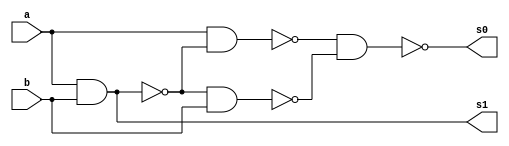
// ---------------------
// Nome: Silvino Henrique Santos de Souza
// ---------------------

// ---------------------
// -- meia soma
// ---------------------

module meiasoma (s0, s1, a, b);
 output s0, s1;
 input  a, b;
 wire s2,s3,s4,s5;
 
 nand nandgate1 (s2, a, b);
 nand nandgate2 (s1, s2, s2);
 nand nandgate3 (s3, a, b);
 nand nandgate4 (s4, a, s3);
 nand nandgate5 (s5, s3, b);
 nand nandgate6 (s0, s4, s5);

endmodule // meia soma

// --------------------------
// -- teste meia soma usando nand
// --------------------------

module testmeiasoma;
 reg   a, b;             
 wire  s0, s1;
          // instancia
 meiasoma MEIASOMA1 (s0, s1, a, b);

 initial begin:start
      a=0; b=0;
 end

          // parte principal
 initial begin:main
      $display("Guia 03_02 - Silvino Henrique Santos de Souza - 412773");
      $display("Test Meia Soma NAND gate");
      $display("\n a & b = s0 s1\n");
      $monitor(" %b & %b = %b %b", a, b, s0, s1);
  #1  a=0; b=1; 
  #1  a=1; b=0; 
  #1  a=1; b=1; 
  
 end

endmodule // testmeiasoma

/*Guia 03_02 - Silvino Henrique Santos de Souza - 412773
    Test Meia Soma NAND gate
    
     a & b = s0 s1
    
     0 & 0 = 0 0
     0 & 1 = 1 0
     1 & 0 = 1 0
     1 & 1 = 0 1*/